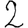
Digit: 2